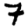
Digit: 7